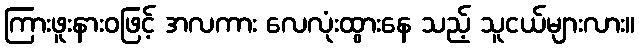
ကြားဖူးနားဝဖြင့် အလကား လေလုံးထွားနေ သည့် သူငယ်များလား။